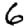
Digit: 6